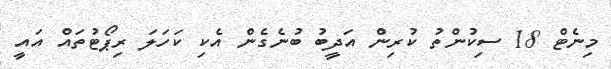
މިނެޓް 18 ސިކުންތު ކުރިން އަދީބު ބުނެގެން އެކި ކަހަލަ ރިޕޯޓުތައް އައީ